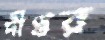
দীপ্তর